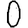
Digit: 0